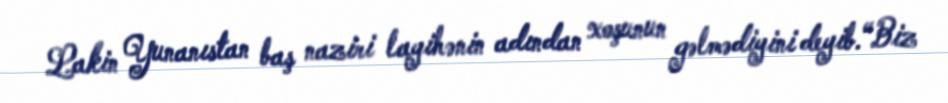
Lakin Yunanıstan baş naziri layihənin adından xoşunun gəlmədiyini deyib.“Biz